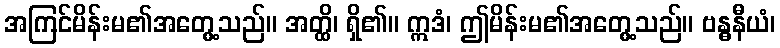
အကြင်မိန်းမ၏အတွေ့သည်။ အတ္ထိ၊ ရှိ၏။ ဣဒံ၊ ဤမိန်းမ၏အတွေ့သည်။ ဗန္ဓနီယံ၊